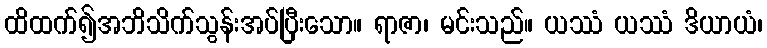
ထိထက်၍အဘိသိက်သွန်းအပ်ပြီးသော။ ရာဇာ၊ မင်းသည်။ ယဿံ ယဿံ ဒိယာယံ၊